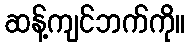
ဆန့်ကျင်ဘက်ကို။